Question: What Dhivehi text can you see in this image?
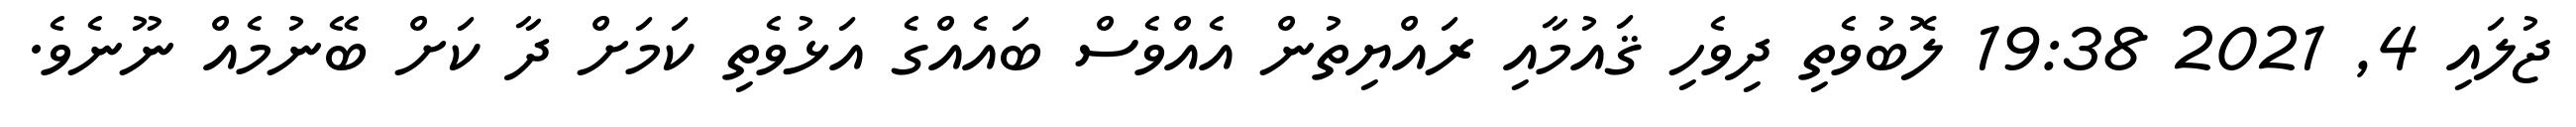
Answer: ޖުލައި 4, 2021 19:38 ލޮބުވެތި ދިވެހި ޤައުމާއި ރައްޔިތުން އެއްވެސް ބައެއްގެ އަޅުވެތި ކަމަށް ދާ ކަށް ބޭނުމެއް ނޫނެވެ.